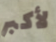
لأكبر